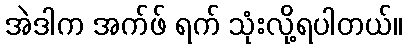
အဲဒါက အက်ဖ် ရက် သုံးလို့ရပါတယ်။